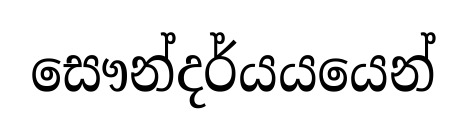
සෞන්දර්යයයෙන්